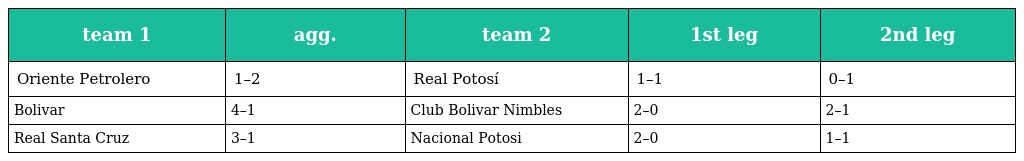
| team 1 | agg. | team 2 | 1st leg | 2nd leg |
 | --- | --- | --- | --- | --- |
 | Oriente Petrolero | 1–2 | Real Potosí | 1–1 | 0–1 |
 | Bolivar | 4–1 | Club Bolivar Nimbles | 2–0 | 2–1 |
 | Real Santa Cruz | 3–1 | Nacional Potosi | 2–0 | 1–1 |